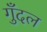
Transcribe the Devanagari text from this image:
गुँदल